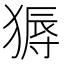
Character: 𬌽